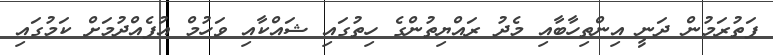
ފަތުރަމުން ދަނީ އިންތިހާބާއި މެދު ރައްޔިތުންގެ ހިތުގައި ޝައްކާއި ވަހުމް އުފެއްދުމަށް ކަމުގައި